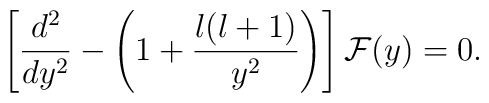
\left[{d^{2}\over dy^{2}}-\left(1+{l(l+1)\over y^{2}}\right)\right]{\cal F}(y)=0.